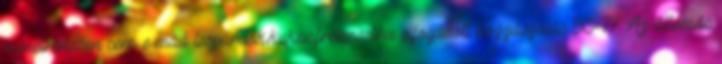
menetrendben sem. e-mail: leopardok.kukac.freemail.hu elfogadott hozzászólás 9047 Az állomás